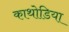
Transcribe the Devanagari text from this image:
काथोडिया